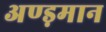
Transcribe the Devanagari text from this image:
अण्ड़मान